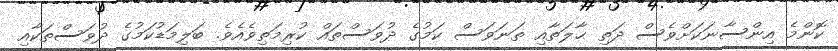
ކޮންމެ އިންސާނަކަށްވެސް ދަތި ޙާލަތާއި ތަނަވަސް ކަމުގެ ދުވަސްތައް ކުރިމަތިވެއެވެ. ބަލިމަޑުކަމުގެ ދުވަސްތަކާއި